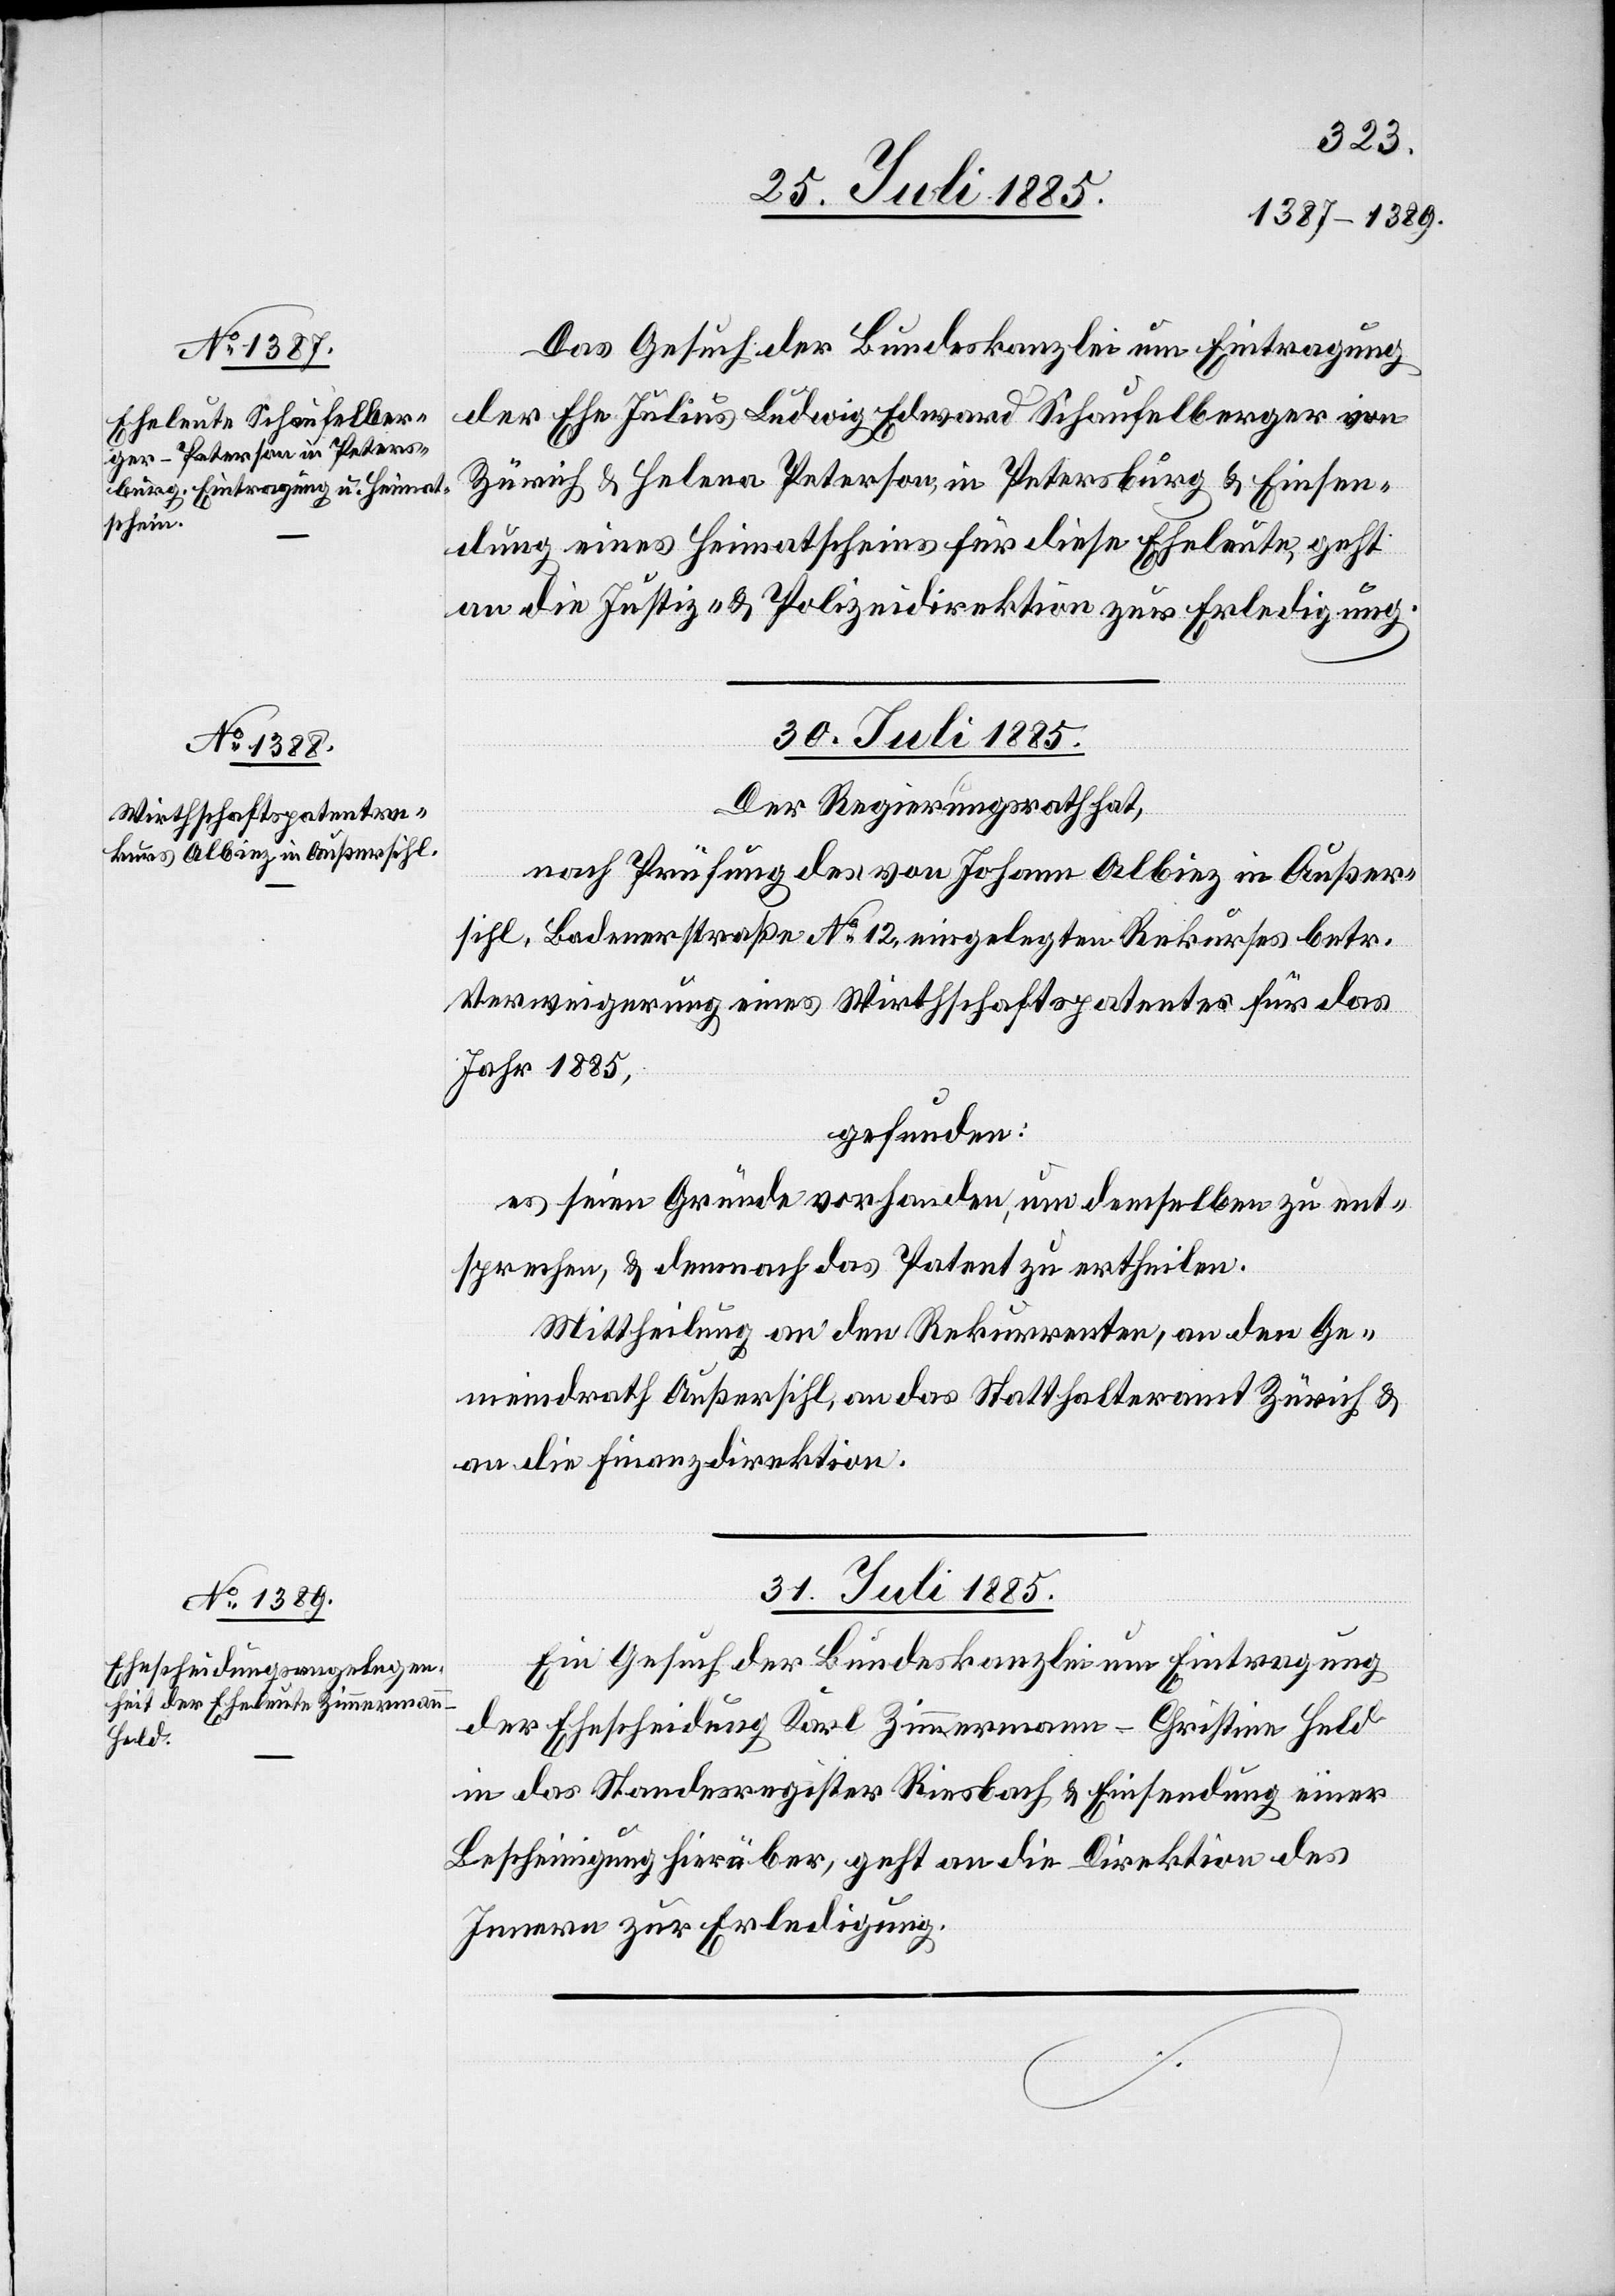
Das Gesuch der Bundeskanzlei um Eintragung
der Ehe Julius Ludwig Edward Schaufelberger von
Zürich & Helena Peterson, in Petersburg & Einsen¬
dung eines Heimatscheins für diese Eheleute, geht
an die Justiz- & Polizeidirektion zur Erledigung.
30. Juli 1885.
Der Regierungsrath hat,
nach Prüfung des von Johann-Albiez in Außer¬
sihl, Badenerstraße No 12, eingelegten Rekurses betr.
Verweigerung eines Wirthschaftspatentes für das
Jahr 1885,
gefunden:
es seien Gründe vorhanden, um denselben zu ent¬
sprechen, & demnach das Patent zu ertheilen.
Mittheilung an den Rekurrenten, an den Ge¬
meindrath Außersihl, an das Statthalteramt Zürich &
an die Finanzdirektion.
31. Juli 1885.
Ein Gesuch der Bundeskanzlei um Eintragung
der Ehescheidung Karl Zimmermann - Christine Held
in das Standesregister Riesbach & Einsendung einer
Bescheinigung hierüber, geht an die Direktion des
Innern zu Erledigung.